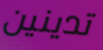
تدينين